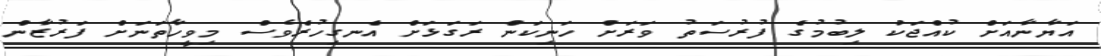
އަޔާނާއަށް ކުއްޖަކު ލިބުމުގެ ފުރުސަތު ވަރަށް ހަނިކަން ރަގަޅަށް އެނގިހުރެވެސް މިވީހާތަނަށް ފަރުޒާން